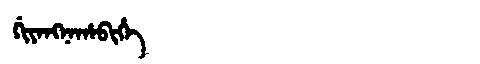
Manchu: ᡤᡳᠶᠠᠩᠨᠠᡥᠠᠪᡳᡥᡝ
Romanization: GIYANGNAHABIHE